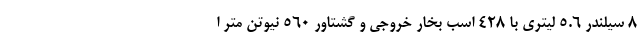
8 سیلندر 5.6 لیتری با 428 اسب بخار خروجی و گشتاور 560 نیوتن متر ا